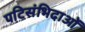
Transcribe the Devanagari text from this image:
पटिसंभिदाओं